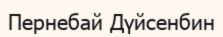
Пернебай Дүйсенбин